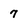
Character: 7